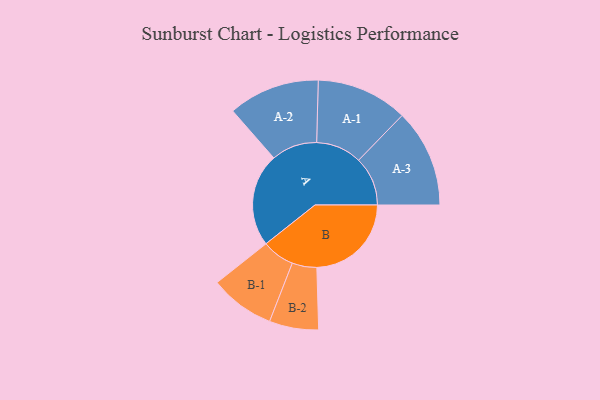
{"axis": {"x": "Segment", "y": "Value"}, "legend": ["", "A", "B"], "data": [{"x": "A", "y": 451, "type": ""}, {"x": "B", "y": 457, "type": ""}, {"x": "A-1", "y": 221, "type": "A"}, {"x": "A-2", "y": 221, "type": "A"}, {"x": "A-3", "y": 237, "type": "A"}, {"x": "B-1", "y": 157, "type": "B"}, {"x": "B-2", "y": 119, "type": "B"}]}